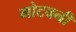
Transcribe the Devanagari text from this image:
मोटवनी